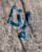
إذا